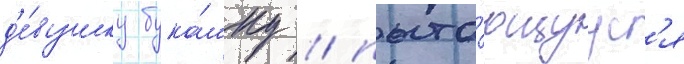
д'е́вушку бука́шку / пыта́ющуус'я